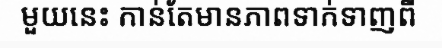
មួយនេះ កាន់តែមានភាពទាក់ទាញពី